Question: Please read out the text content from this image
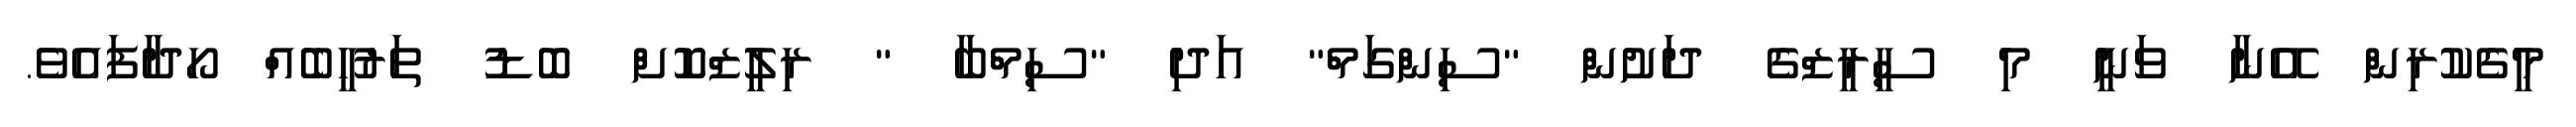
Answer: މީގެކުރިން އޭނާ ވަނީ މި ސީރީޒްގެ ދަށުން "ސިންގަމް" އަދި "ސިމްބާ " ރިލީޒްކޮށް ބޮޑު ތަރުހީބެއް ހޯދާފައެވެ.